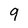
Character: 9